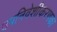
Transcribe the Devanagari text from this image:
उपनिवेशीकरणका